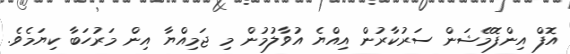
އޮފް އިންފޮމޭޝަން ސަރުކާރުން އިއްޔެ އުވާލުމުން މި ޖަމިއްޔާ އިން މަރުހަބާ ކިޔަމެވެ.